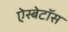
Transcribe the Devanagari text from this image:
ऐस्बेटॉस